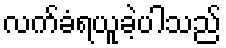
လက်ခံရယူခဲ့ပါသည်